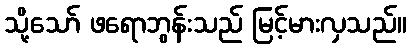
သို့သော် ဖရောဘွန်းသည် မြင့်မားလှသည်။